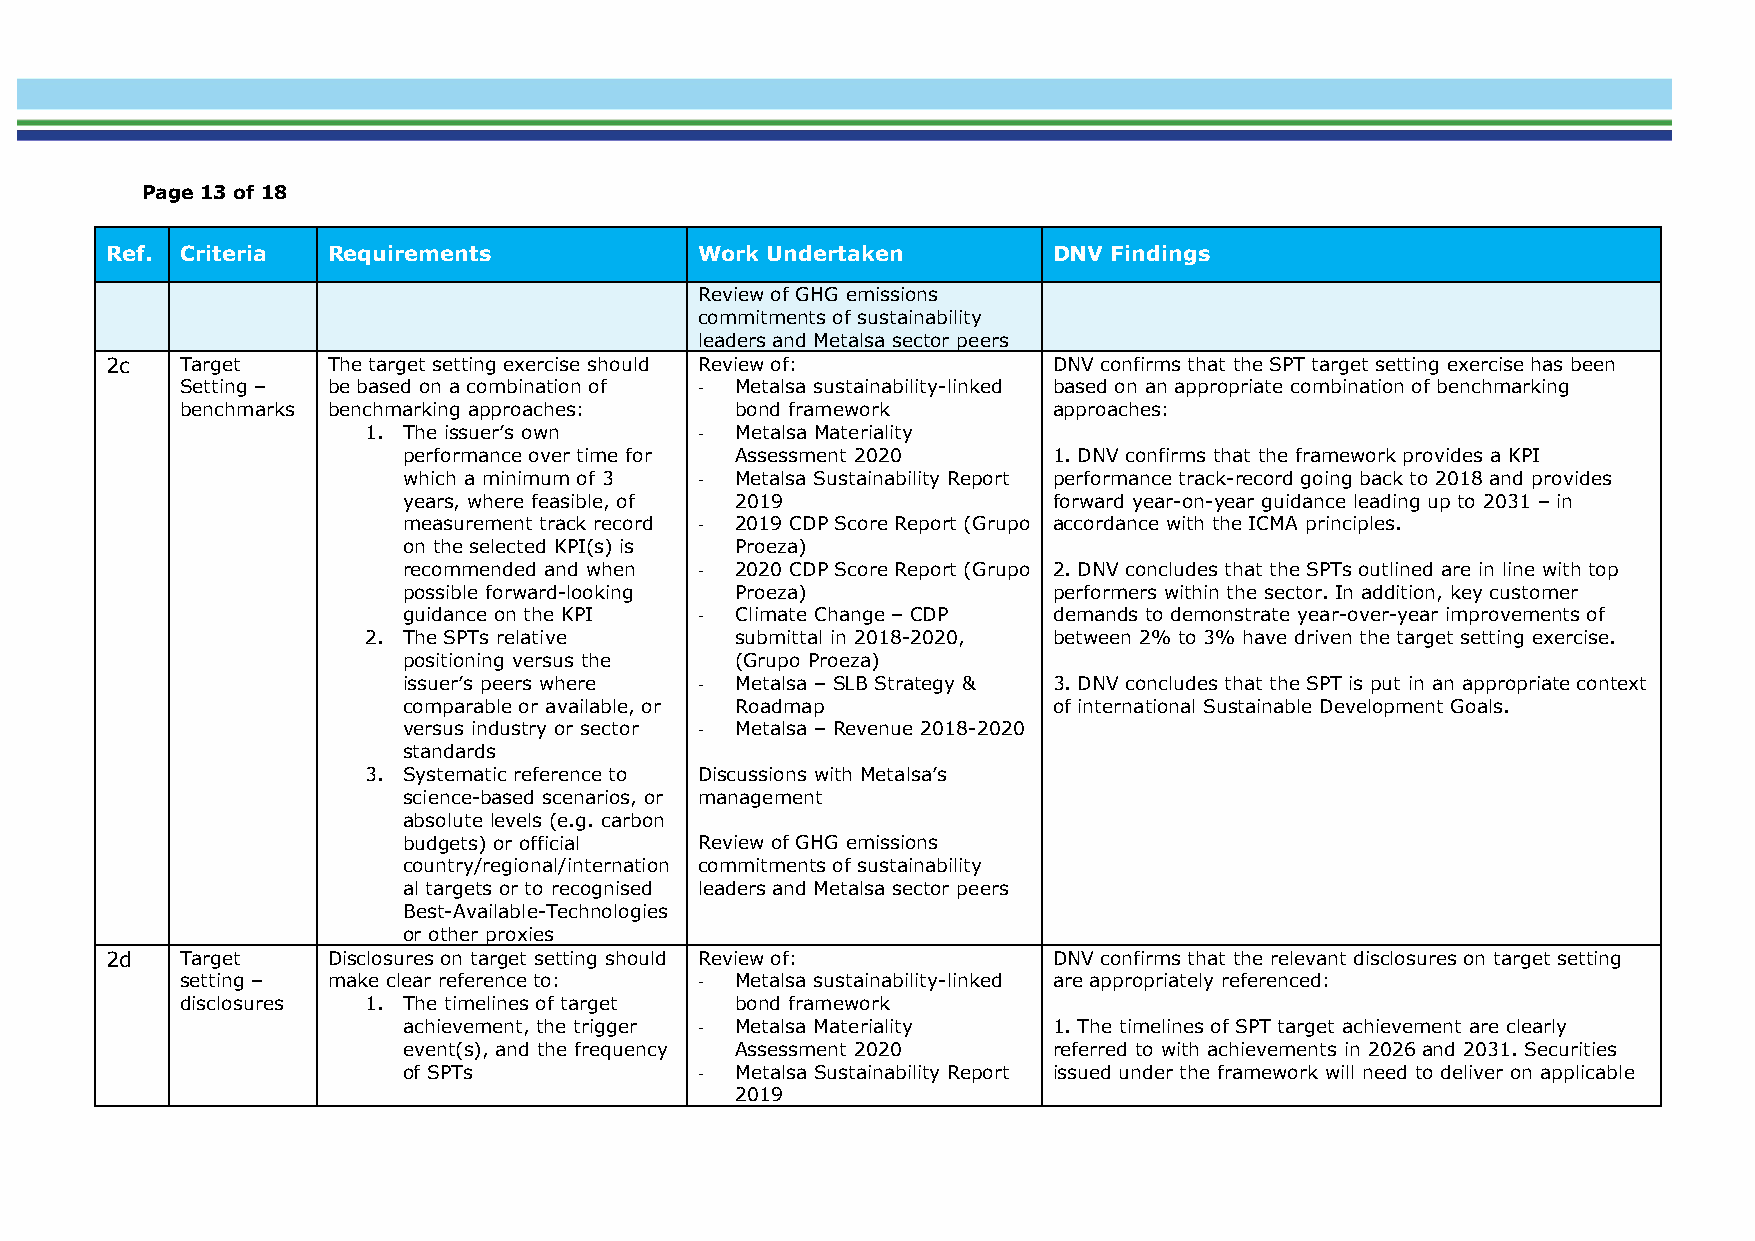
Page 13 of 18
 Ref. Criteria  Requirements            Work Undertaken         DNV Findings
 Review of GHG emissions
 commitments of sustainability
 leaders and Metalsa sector peers
 2c   Target    The target setting exercise should Review of:   DNV confirms that the SPT target setting exercise has been
 Setting – be based on a combination of - Metalsa sustainability-linked based on an appropriate combination of benchmarking
 benchmarks benchmarking approaches:  bond framework       approaches:
 1. The issuer’s own   -  Metalsa Materiality
 performance over time for Assessment 2020  1. DNV confirms that the framework provides a KPI
 which a minimum of 3 - Metalsa Sustainability Report performance track-record going back to 2018 and provides
 years, where feasible, of 2019             forward year-on-year guidance leading up to 2031 – in
 measurement track record - 2019 CDP Score Report (Grupo accordance with the ICMA principles.
 on the selected KPI(s) is Proeza)
 recommended and when - 2020 CDP Score Report (Grupo 2. DNV concludes that the SPTs outlined are in line with top
 possible forward-looking Proeza)           performers within the sector. In addition, key customer
 guidance on the KPI - Climate Change – CDP demands to demonstrate year-over-year improvements of
 2. The SPTs relative     submittal in 2018-2020, between 2% to 3% have driven the target setting exercise.
 positioning versus the (Grupo Proeza)
 issuer’s peers where - Metalsa – SLB Strategy & 3. DNV concludes that the SPT is put in an appropriate context
 comparable or available, or Roadmap        of international Sustainable Development Goals.
 versus industry or sector - Metalsa – Revenue 2018-2020
 standards
 3. Systematic reference to Discussions with Metalsa’s
 science-based scenarios, or management
 absolute levels (e.g. carbon
 budgets) or official Review of GHG emissions
 country/regional/internation commitments of sustainability
 al targets or to recognised leaders and Metalsa sector peers
 Best-Available-Technologies
 or other proxies
 2d   Target    Disclosures on target setting should Review of: DNV confirms that the relevant disclosures on target setting
 setting – make clear reference to: - Metalsa sustainability-linked are appropriately referenced:
 disclosures 1. The timelines of target bond framework
 achievement, the trigger - Metalsa Materiality 1. The timelines of SPT target achievement are clearly
 event(s), and the frequency Assessment 2020 referred to with achievements in 2026 and 2031. Securities
 of SPTs            -  Metalsa Sustainability Report issued under the framework will need to deliver on applicable
 2019